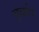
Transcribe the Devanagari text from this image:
बूर्बान